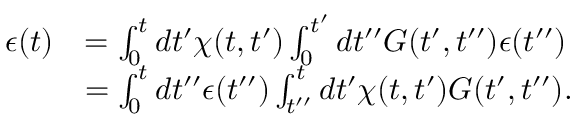
\begin{array} { r l } { \epsilon ( t ) } & { = \int _ { 0 } ^ { t } d t ^ { \prime } \chi ( t , t ^ { \prime } ) \int _ { 0 } ^ { t ^ { \prime } } d t ^ { \prime \prime } G ( t ^ { \prime } , t ^ { \prime \prime } ) \epsilon ( t ^ { \prime \prime } ) } \\ & { = \int _ { 0 } ^ { t } d t ^ { \prime \prime } \epsilon ( t ^ { \prime \prime } ) \int _ { t ^ { \prime \prime } } ^ { t } d t ^ { \prime } \chi ( t , t ^ { \prime } ) G ( t ^ { \prime } , t ^ { \prime \prime } ) . } \end{array}